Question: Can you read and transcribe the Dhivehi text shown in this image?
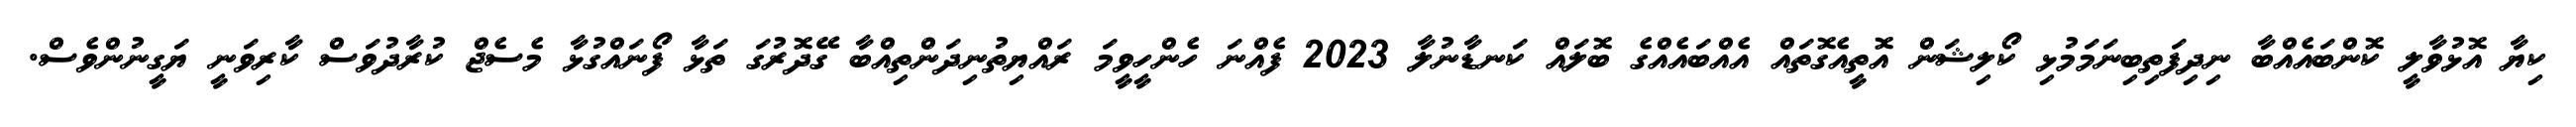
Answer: ކިޔާ އޮޅުވާލީ ކޮންބައެއްބާ ނިދިފަތިބިނަމަމުޅި ކޯލިޝަން އޮތީއެގޮތައް އެއްބައެއްގެ ބޮލައް ކަނޑާނުލާ 2023 ފެއްނަ ހެންހީވީމަ ރައްޔިތުނިދަންތިއްބާ ގޭދޮރުގަ ތަޅާ ފޯނައްގުޅާ މެސެޖް ކުރާދުވަސް ކާރިވަނީ ޔަގީނުންވެސް.